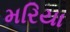
મરિયા